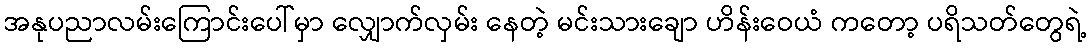
အနုပညာလမ်းကြောင်းပေါ်မှာ လျှောက်လှမ်း နေတဲ့ မင်းသားချော ဟိန်းဝေယံ ကတော့ ပရိသတ်တွေရဲ့